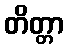
တိတ္တာ